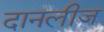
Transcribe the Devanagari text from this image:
दानलीज